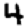
Digit: 4